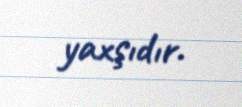
yaxşıdır.